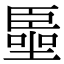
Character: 𠽺